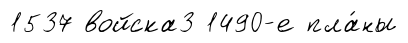
1537 войска3 1490-е пла́ны